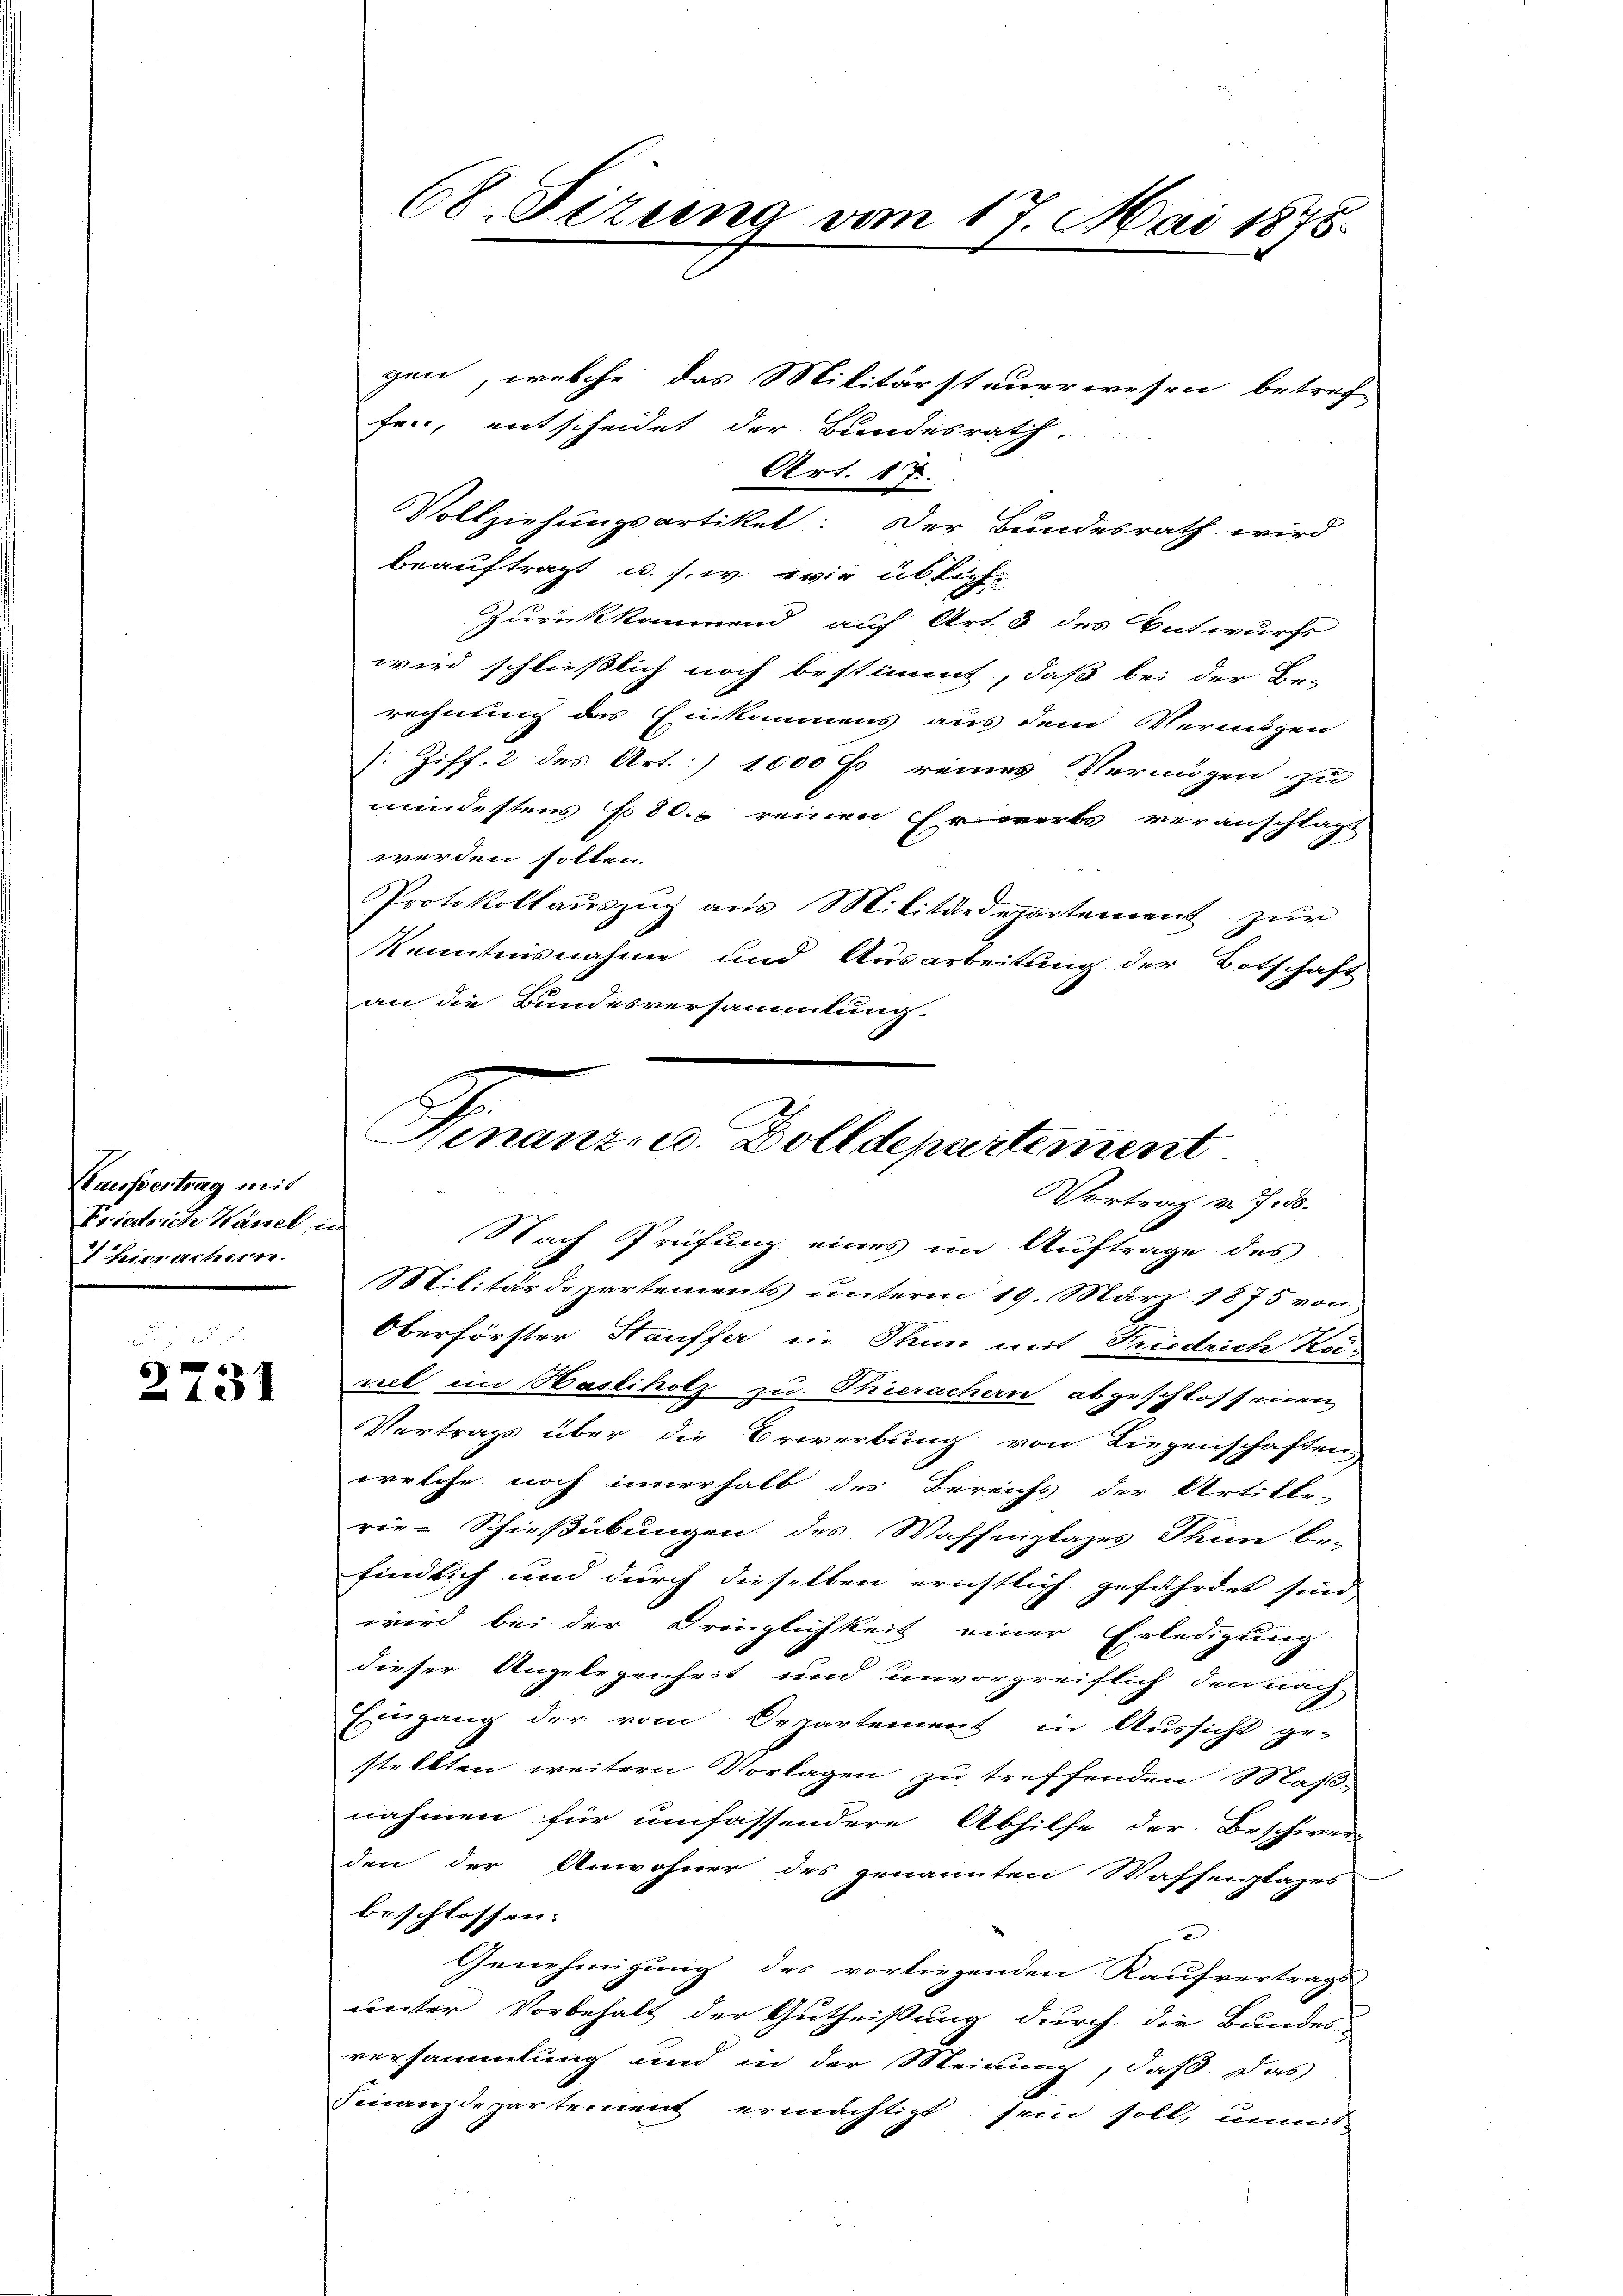
Klaussertrag mit
Friedrich Känel, in
V. Beitrachern.

131

68. Fizung vom 17. Mai 1875.

gen, welche das Militärsteuerwesen betref
fer, entscheidet der Bundesrath
Art. 17.
Vollziehungsartikel: Der Bundesrath wird
beauftragt u. s. w. wie übliche
Zurückkommend auf Art. 3 des Entwurfs
wird schließlich noch bestimmt, daß bei der Be-
rechnung das Einkommens aus dem Vermögen
s: Ziff. 2 des Art. 1000 fl reines Verangen zu
mindestens f 80. reinen Erwerbs veranschlägt
werden sollen.
Protokollauszug aus Militärdepartement zur
Kenntnisnahme und Ausarbeitung der Botschaft
an die Bundesversammlung.
Nach Prüfung eines im Auftrage des
Militärdepartements ŭnterm 19. März 1875 von
Oberförster Hauffer in Thun mit Friedrich Kei-
nel im Backholz zu Thierachern abgeschlossenen,
Vertrags über die Erwerbung von Liegenschaften,
welche noch innerhalb des Bereichs der Artiker-
rie-Schießübungen des Waffenplages Thun be-
findlich und durch dieselben erichtlich gefährdet sind
wird bei der Dringlichkeit einer Erledigung
dieser Angelegenheit und unvorgreiflich den nach
Eingang der vom Departement in Aussicht ge-
stellten weitern Vorlagen zu treffenden Maßnahmen für umfassendere Abhilfe der Beschwer-
den der Anwohner des genannten Waffenplages
beschlossen:
2
Genehmigung des vorliegenden Kaufvertrags
unter Vorbehalt der Gutheißung durch die Bundes-
versammlung und in der Meinung, daß. Das
Finanzdepartement ermächtigt sein soll, unmit

Finanz- u. Dolldepartement
Vortrag v. 7. ds.